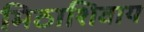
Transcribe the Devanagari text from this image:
मिठाशिवाय